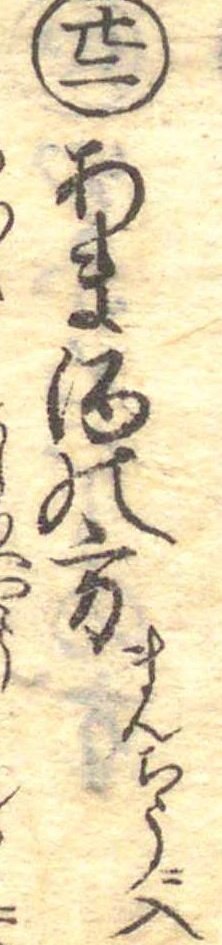
廿二あま酒の方まんちうに入に